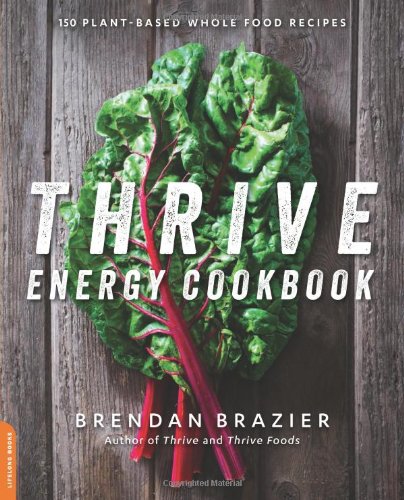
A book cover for Thrive Energy Cookbook: 150 Plant-Based Whole Food Recipes; Brendan Brazier; Cookbooks, Food & Wine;